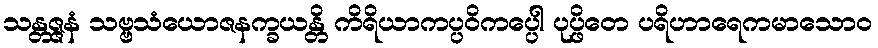
သန္တဇ္ဇနံ သဗ္ဗသံယောဇနက္ခယန္တိ ကိရိယာကပ္ပဝိကပ္ပေါ ပုပ္ဖိတေ ပရိဟာရေကမာသောဝ